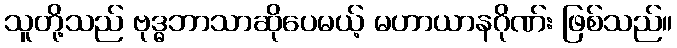
သူတို့သည် ဗုဒ္ဓဘာသာဆိုပေမယ့် မဟာယာနဂိုဏ်း ဖြစ်သည်။